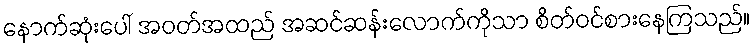
နောက်ဆုံးပေါ် အဝတ်အထည် အဆင်ဆန်းလောက်ကိုသာ စိတ်ဝင်စားနေကြသည်။